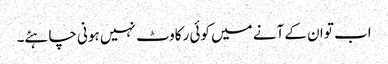
اب تو ان کے آنے میں کوئی رکاوٹ نہیں ہونی چاہئے۔